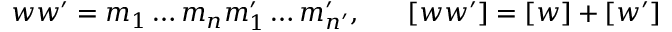
w w ^ { \prime } = m _ { 1 } \ldots m _ { n } m _ { 1 } ^ { \prime } \ldots m _ { n ^ { \prime } } ^ { \prime } , \; \; \; \; \; \; [ w w ^ { \prime } ] = [ w ] + [ w ^ { \prime } ]